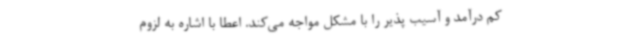
کم درآمد و آسیب پذیر را با مشکل مواجه می‌کند. اعطا با اشاره به لزوم‌